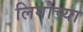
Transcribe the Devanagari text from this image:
लिगोच्या